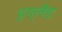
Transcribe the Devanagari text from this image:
इंग्लैंड़